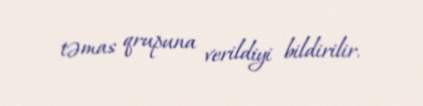
təmas qrupuna verildiyi bildirilir.